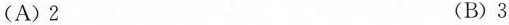
(A)2 (B)3